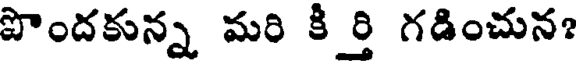
పొందకున్న మరి కీర్తి గడించున?